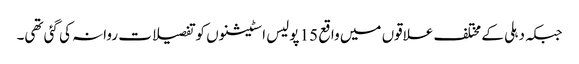
جبکہ دہلی کے مختلف علاقوں میں واقع 15 پولیس اسٹیشنوں کو تفصیلات روانہ کی گئی تھی۔